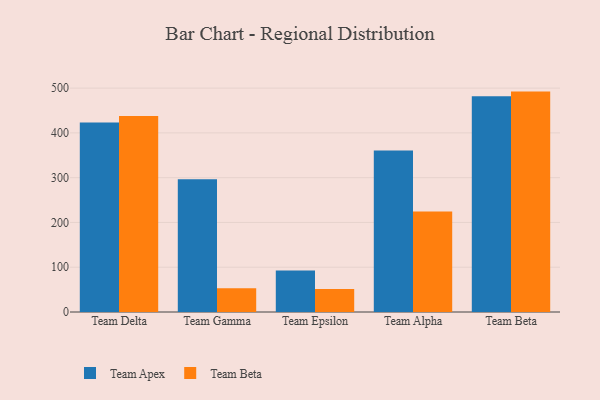
{"axis": {"x": "Team", "y": "Bounce Rate (%)"}, "legend": ["Team Apex", "Team Beta"], "data": [{"x": "Team Delta", "y": 423.4, "type": "Team Apex"}, {"x": "Team Delta", "y": 437.5, "type": "Team Beta"}, {"x": "Team Gamma", "y": 296.7, "type": "Team Apex"}, {"x": "Team Gamma", "y": 53.1, "type": "Team Beta"}, {"x": "Team Epsilon", "y": 92.8, "type": "Team Apex"}, {"x": "Team Epsilon", "y": 51.2, "type": "Team Beta"}, {"x": "Team Alpha", "y": 360.7, "type": "Team Apex"}, {"x": "Team Alpha", "y": 224.4, "type": "Team Beta"}, {"x": "Team Beta", "y": 481.6, "type": "Team Apex"}, {"x": "Team Beta", "y": 492.2, "type": "Team Beta"}]}